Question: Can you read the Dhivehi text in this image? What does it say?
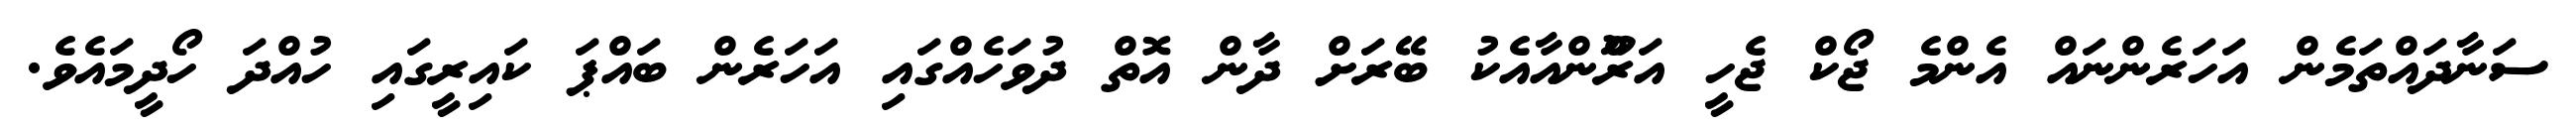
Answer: ސަނާދައްތަމެން އަހަރެންނައް އެންމެ ޖޯކް ޖެހީ އަރޫްންއާއެކު ބޭރަށް ދާން އޮތް ދުވަހެއްގައި އަހަރެން ބައްޕަ ކައިރީގައި ހުއްދަ ހޯދީމައެވެ.